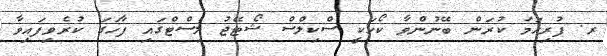
ރ. ފުރިހަމަ ކުރަން ބޭނުންވާ ކޯހަކީ ސްކިލްސް ޝޯޓޭޖު ލިސްޓްގައި ފާހަގަ ކުރެވިފައިވާ